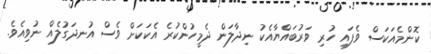
ކޮންމެއަކަސް ވެފައި ހުރި ވަރުބައްޔާއެކު ނިދާލަން ދެމީހުންކުރެ އެކަކަށް ވެސް އުނދަގުލެއް ނުވިއެވެ.